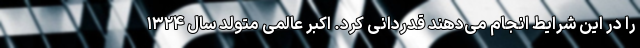
را در این شرایط انجام می‌دهند قدردانی کرد. اکبر عالمی متولد سال ۱۳۲۴